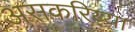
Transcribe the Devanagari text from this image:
असकरिय्या